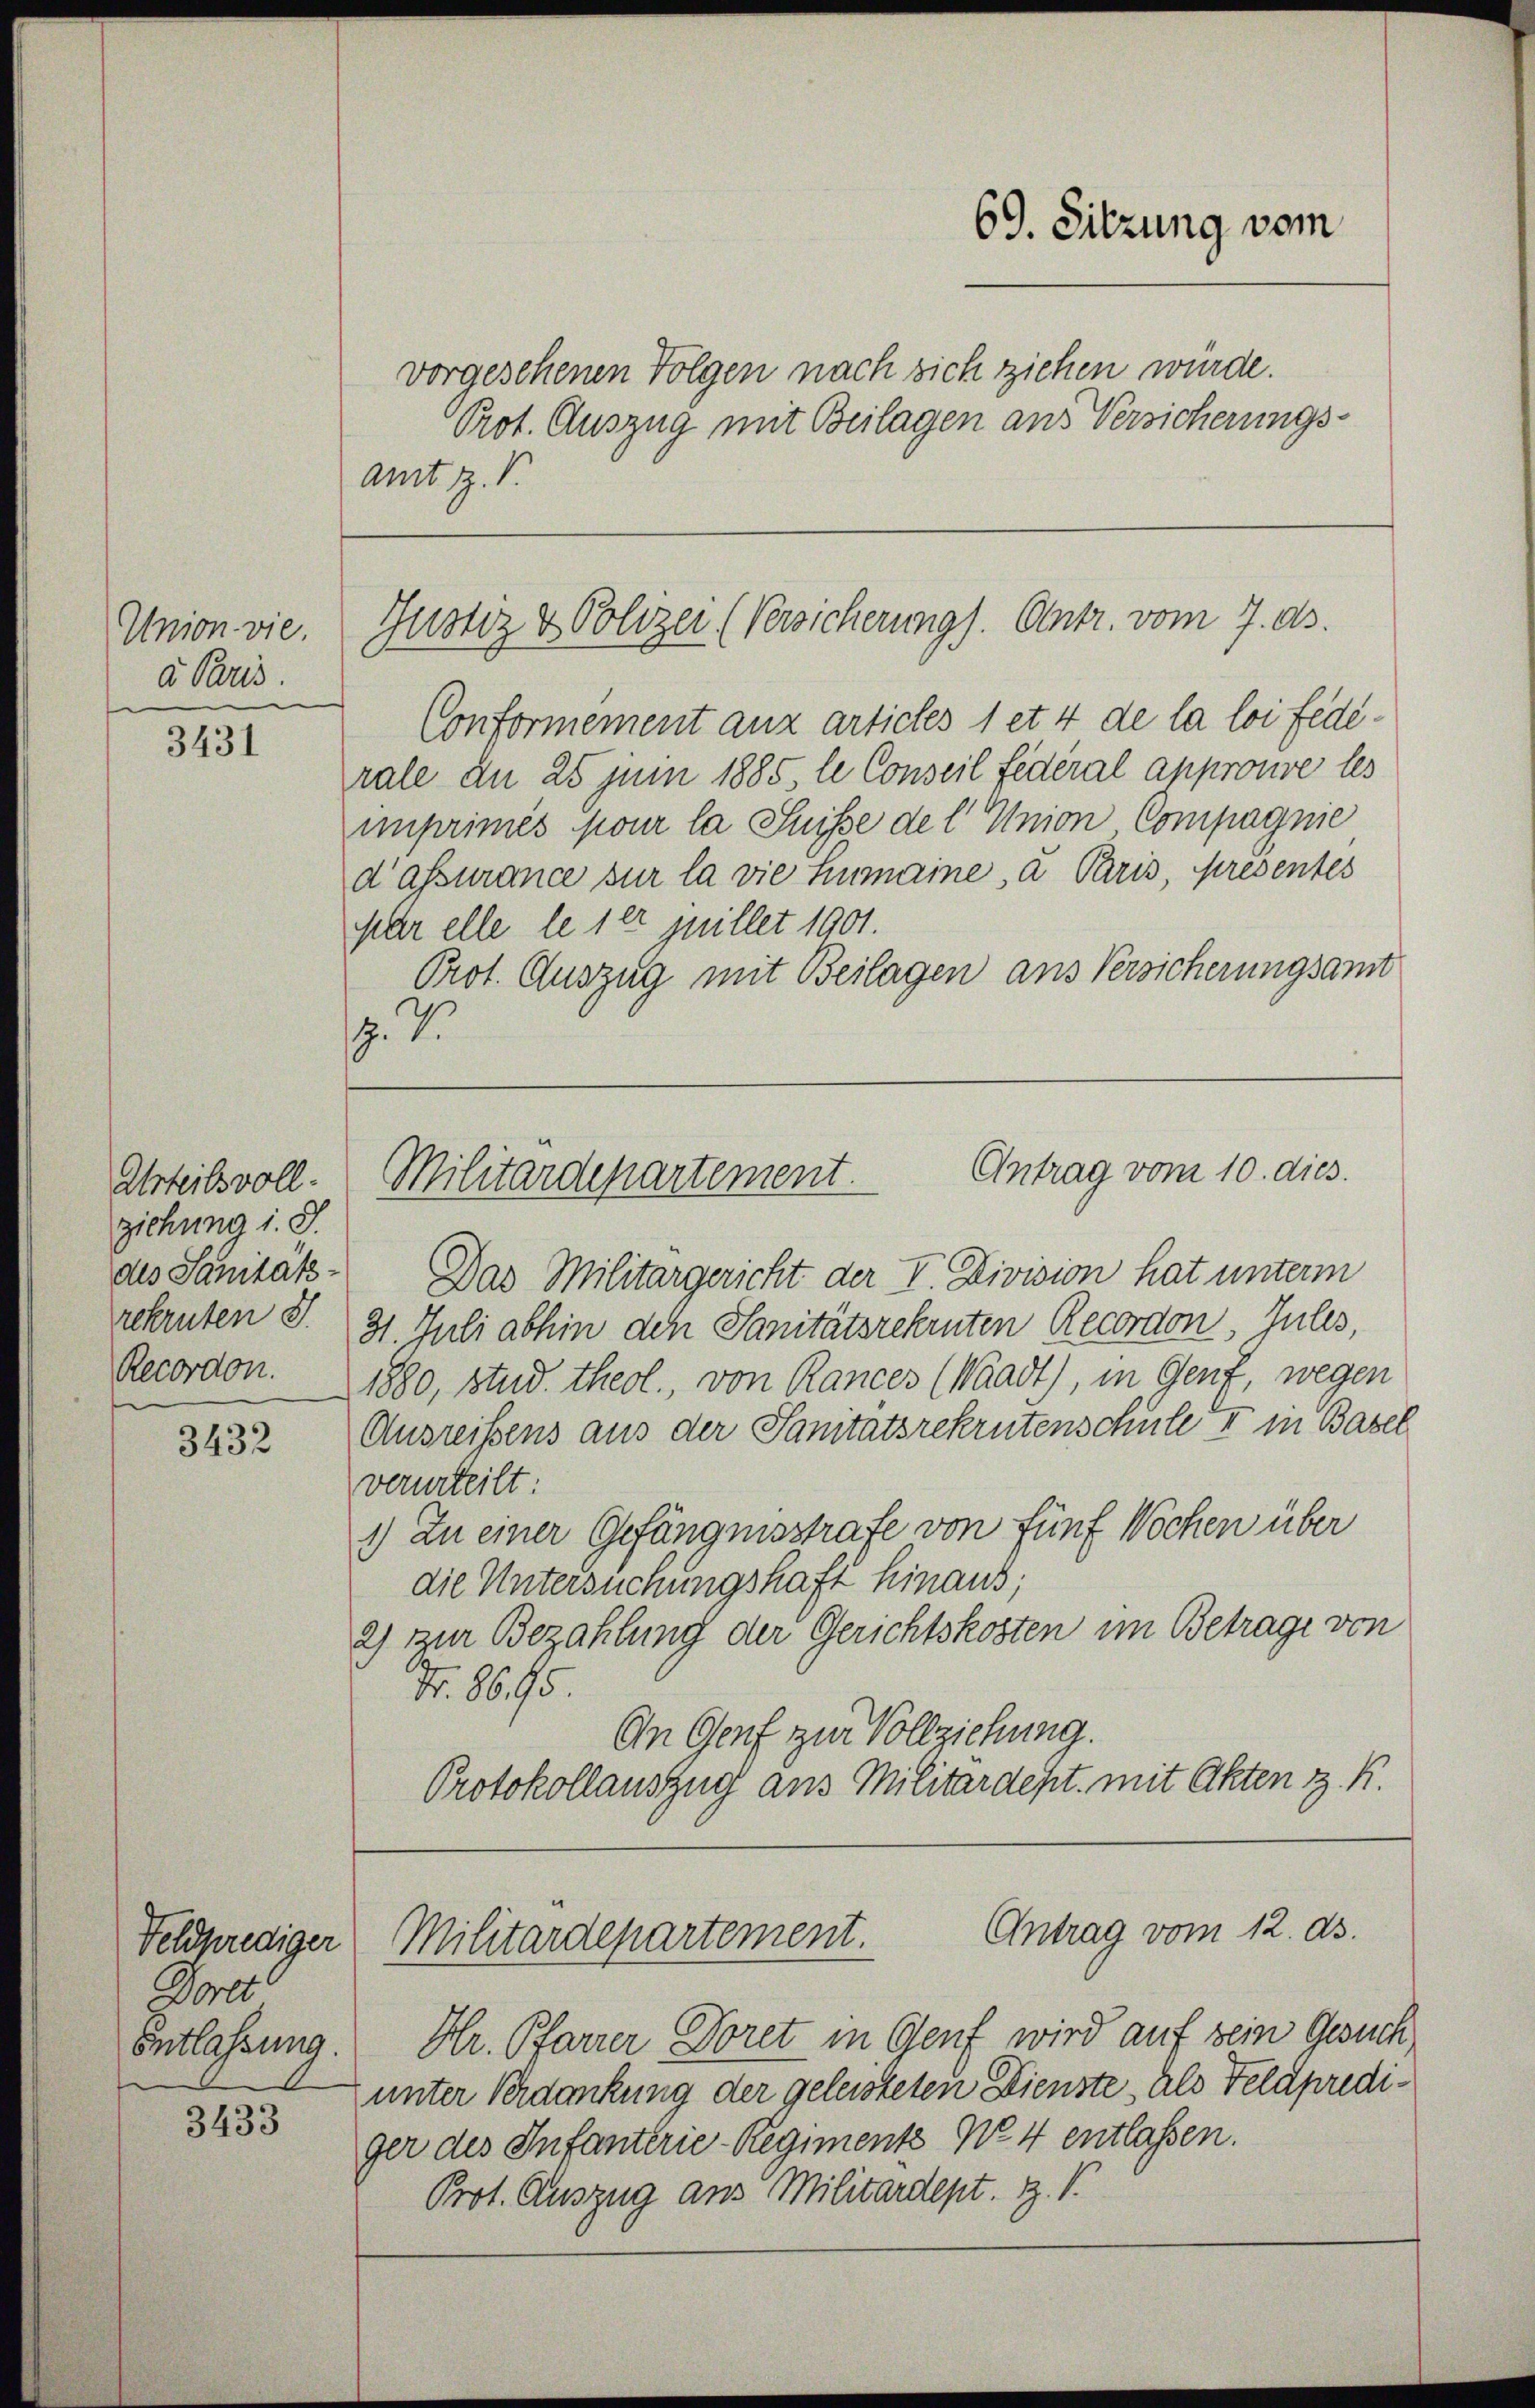
Union vie.
a Paris.

3431

Urteilsvoll-
ziehung i. S.
des Sanitäts-
Recordon.

3432

Feldprediger
Dorer
Entlassung.

3433

vorgesehenen Folgen nach sich ziehen würde.
Prot. Auszug mit Beilagen aus Versicherungsamt R. V.

Conformement aux articles 1 et 4 de la loi fédérale an 25 Juni 1885 le Conseil Federal approuve les
imprimés pour la Suisse del Union Compagnie
d’assurance sur la vie Humaine, a Paris, présentes
Mar elle le 1er quillet 1901.
Prot. Auszug mit Beilagen aus Versicherungsamt
7. 7

69. Sitzung vom

Gustiz & Polizei (Versicherungs. Centr. vom 7. ds.

Antrag vom 10. dies
Militärdepartement.

Das Militärgericht der V. Division hat unterm
rekruten S. 31 Juli abhin den Sanitätsrekruten Recordon, Julis,
1880, stud. theol., von Rances (Waadt), in Genf, wegen
Ausreissens aus der Sanitätsrekrutenschule II in Basel
verurteilt:
1) Zu einer Gefängnisstrafe von fünf Wochen über
die Untersuchungshaft hinaus;
2) zur Bezahlung der Gerichtskosten im Betrage von
Fr. 8695.
An Genf zur Vollziehung.
Protokollauszug aus Militärdept. mit Akten z. R.

Hr. Pfarrer Doret in Genf wird auf sein Gesuch
unter Verdankung der geleisteten Dienste, als Feldprediger des Infanterie-Regiment N. 4 entlassen.
Prot. Auszug aus Militärdept. Z. V.

Antrag vom 12. ds.
Militärdepartement.